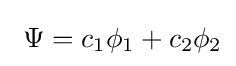
\ \Psi =c_{1}\phi _{1}+c_{2}\phi _{2}